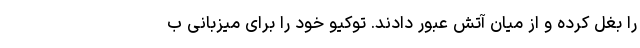
را بغل کرده و از میان آتش عبور دادند. توکیو خود را برای میزبانی ب